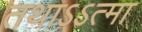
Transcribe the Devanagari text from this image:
तथाऽऽत्मा